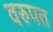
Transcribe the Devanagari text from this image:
वरुपत